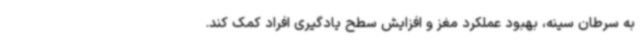
به سرطان سینه، بهبود عملکرد مغز و افزایش سطح یادگیری افراد کمک کند.